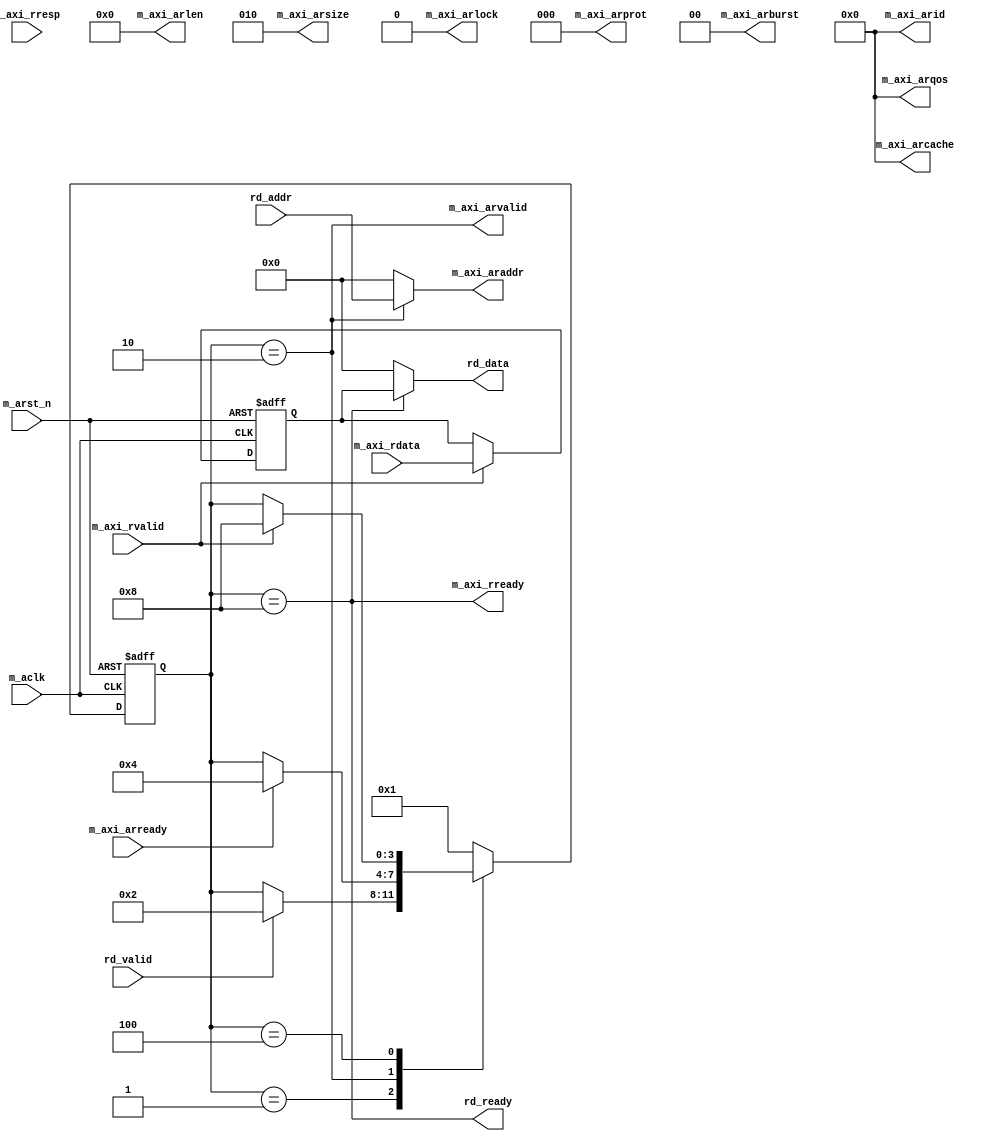

module axi4_lite_rd (
// User Interface
input	[31:0]	rd_addr,
output	[31:0]	rd_data,
input			rd_valid,
output			rd_ready,

// AXI4-Lite Read Interface, reverse direction wrt. AXI device slave side			
output 	[31:0]	m_axi_araddr			,    // input wire [31 : 0] m_axi_araddr
output 			m_axi_arvalid		,  // input wire m_axi_arvalid
input 			m_axi_arready		,  // output wire m_axi_arready
input 	[31:0]	m_axi_rdata			,      // output wire [31 : 0] m_axi_rdata
input 	[1:0]	m_axi_rresp			,      // output wire [1 : 0] m_axi_rresp
input 			m_axi_rvalid			,    // output wire m_axi_rvalid
output 			m_axi_rready			,    // input wire m_axi_rready

output	[3:0] 		m_axi_arid,
output	[7:0]		m_axi_arlen,		// Total # of transfers = awlen + 1
output	[2:0]		m_axi_arsize,
output	[1:0]		m_axi_arburst,
output				m_axi_arlock,
output 	[3:0]		m_axi_arcache ,
output 	[2:0]		m_axi_arprot  ,
output 	[3:0]		m_axi_arqos   ,
// Clock and reset
input				m_aclk,
input				m_arst_n


);

assign m_axi_arid = 4'h0;
assign m_axi_arlen = 8'h0;
assign m_axi_arsize = 3'b010;
assign m_axi_arburst = 2'b00;
assign m_axi_arlock = 1'b0;
assign m_axi_arcache = 4'd0;
assign m_axi_arprot = 3'd0;
assign m_axi_arqos = 4'd0;

// State machine declaration
localparam 
		SM_IDLE		= 4'b0001,
		SM_RD_ADDR 	= 4'b0010,
		SM_WT_DATA 	= 4'b0100,
		SM_ACK_DATA = 4'b1000
		;

// State machine transition
reg [3:0] current_state;

always@(posedge m_aclk or negedge m_arst_n) begin
	if (m_arst_n == 1'b0)
		current_state <= SM_IDLE;
	else begin
		case (current_state)
			SM_IDLE:
				if (rd_valid == 1'b1)
					current_state <= SM_RD_ADDR;
			SM_RD_ADDR:
				if (m_axi_arready == 1'b1)
					current_state <= SM_WT_DATA;
			SM_WT_DATA:
				if (m_axi_rvalid == 1'b1)
					current_state <= SM_ACK_DATA;
			SM_ACK_DATA:
				current_state <= SM_IDLE;
			default:
				current_state <= SM_IDLE;
		endcase
	end
	
	
end

// State machine flag
wire current_state_is_SM_IDLE		= (current_state == SM_IDLE	);
wire current_state_is_SM_RD_ADDR  	= (current_state == SM_RD_ADDR 	);
wire current_state_is_SM_WT_DATA  	= (current_state == SM_WT_DATA 	);
wire current_state_is_SM_ACK_DATA 	= (current_state == SM_ACK_DATA	);


// State machine output
reg [31:0] rd_data_r;
always@(posedge m_aclk or negedge m_arst_n) begin
	if (m_arst_n == 1'b0) 
		rd_data_r <= 32'h0;
	else
		if (m_axi_rvalid == 1'b1)
			rd_data_r <= m_axi_rdata;
end
assign rd_data = (current_state_is_SM_ACK_DATA)? rd_data_r : 32'h0;
assign rd_ready = (current_state_is_SM_ACK_DATA);
assign m_axi_araddr = (current_state_is_SM_RD_ADDR)? rd_addr : 32'h0;
assign m_axi_arvalid = current_state_is_SM_RD_ADDR;
assign m_axi_rready = (current_state_is_SM_ACK_DATA);

endmodule